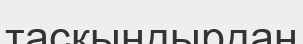
тасқындырдан